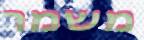
משמר